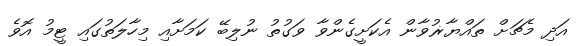
އަދި މެޗަށް ތައްޔާޜުވާން އެކަށީގެންވާ ވަގުތު ނުލިބޭ ކަމަށާއި މިހާލަތުގައި ޓީމު އޮވެ